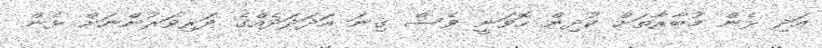
އަދި ޅެން މުބާރާތަށް ކުދިން ހޮވަނީ ވެސް ގިނަ އަދަދަދެއްގެ ދަރިވަރުންނަށް ޅެން